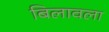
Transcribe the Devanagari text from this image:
बिलावला